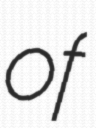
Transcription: of